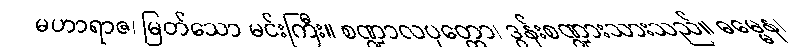
မဟာရာဇ၊ မြတ်သော မင်းကြီး။ စဏ္ဍာလပုတ္တော၊ ဒွန်းစဏ္ဍားသားသည်။ ဓမ္မေန၊